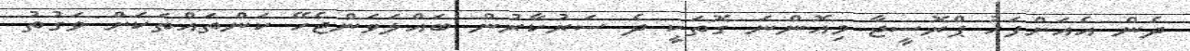
ދެން އެއަށްފަހު ޕްރޮސީޖާ މިއޮންނަ ގޮތަކީ ދެ ސަރުކާރުން ބައްލަވަންޖެހޭ ކަންތައްތަކަށް ވަގުތު